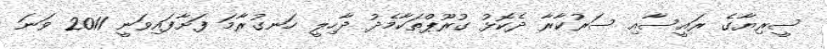
ސީރިޔާގެ ރައީސާއި ސަރުކާރާ ދެކޮޅު ގުރޫޕްތަކާމެދު ދާހިލީ ހަނގުރާމަ ފަށާފައިވަނީ 2011 ވަނަ